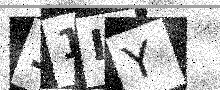
Text: 31IY